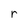
Character: r